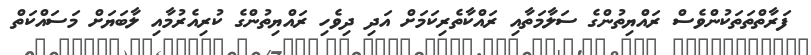
ފަރާތްތަތަކުންވެސް ރައްޔިތުންގެ ސަލާމަތާއި ރައްކާތެރިކަމަށް އަދި ދިވެހި ރައްޔިތުންގެ ކުރިއެރުމާއި ލާބަޔަށް މަސައްކަތް